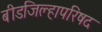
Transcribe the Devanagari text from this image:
बीडजिल्हापरिषद